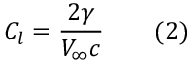
C _ { l } = { \frac { 2 \gamma } { V _ { \infty } c } } \qquad ( 2 )